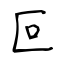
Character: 叵